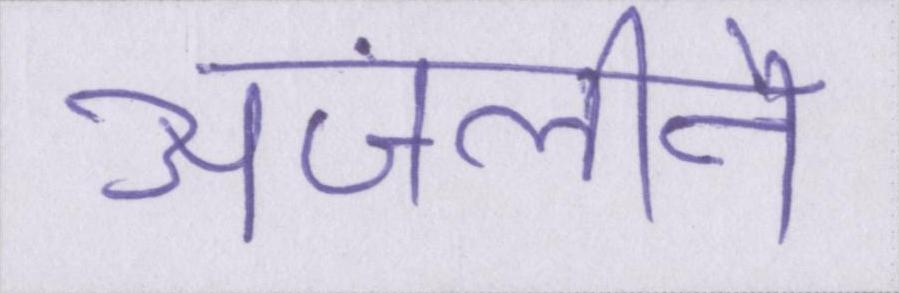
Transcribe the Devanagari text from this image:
अंजलीने